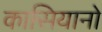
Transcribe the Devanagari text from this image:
कासियानो